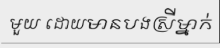
មួយ ដោយមានបងស្រីម្នាក់